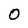
Character: 0